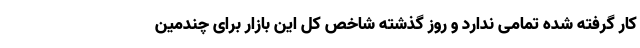
کار گرفته شده تمامی ندارد و روز گذشته شاخص کل این بازار برای چندمین